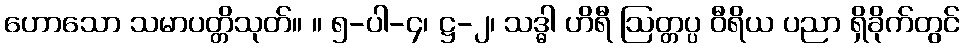
ဟောသော သမာပတ္တိသုတ်။ ။ ၅-ပါ-၄၊ ဋ္ဌ-၂၊ သဒ္ဓါ ဟိရီ ဩတ္တပ္ပ ဝီရိယ ပညာ ရှိခိုက်တွင်